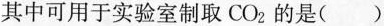
其中可用于实验室制取 $$CO_{2}$$ 的是()